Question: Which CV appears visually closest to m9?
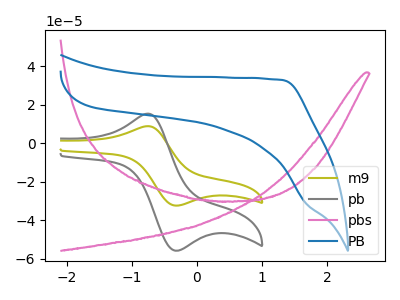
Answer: <think>The olive curve "m9" has an anodic peak at (-0.75V, 8.95uA) and a cathodic peak at (-0.35V, -32.30uA). The gray curve "pb" has an anodic peak at (-0.75V, 15.45uA) and a cathodic peak at (-0.35V, -55.75uA). The pink curve "pbs" has no peaks. The blue curve "PB" has no peaks.
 All the peaks in "m9" have a peak in "pb" at the same potential. Every peak in "m9" is lower than every peak in "pb". "m9" and "pbs" have a different number of peaks. "m9" and "PB" have a different number of peaks. "pb" and "pbs" have a different number of peaks. "pb" and "PB" have a different number of peaks. Neither "pbs" or "PB" have any peaks.</think>
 <answer>The CV with the most similar shape to "pb" is "m9".</answer>
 <eval>"m9"</eval>